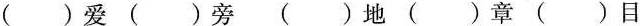
()爱 ()旁 ()地 ()章 ()目